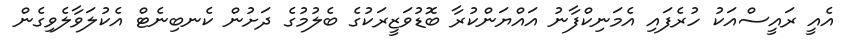
އެއީ ރައީސްއަކު ހުރެފައި އެމަނިކްފާނު އައްޔަންކުރާ ބޮޑުވަޒީރަކުގެ ބެލުމުގެ ދަށުން ކެނބިނެޓް އެކުލަވާލެވިގެން